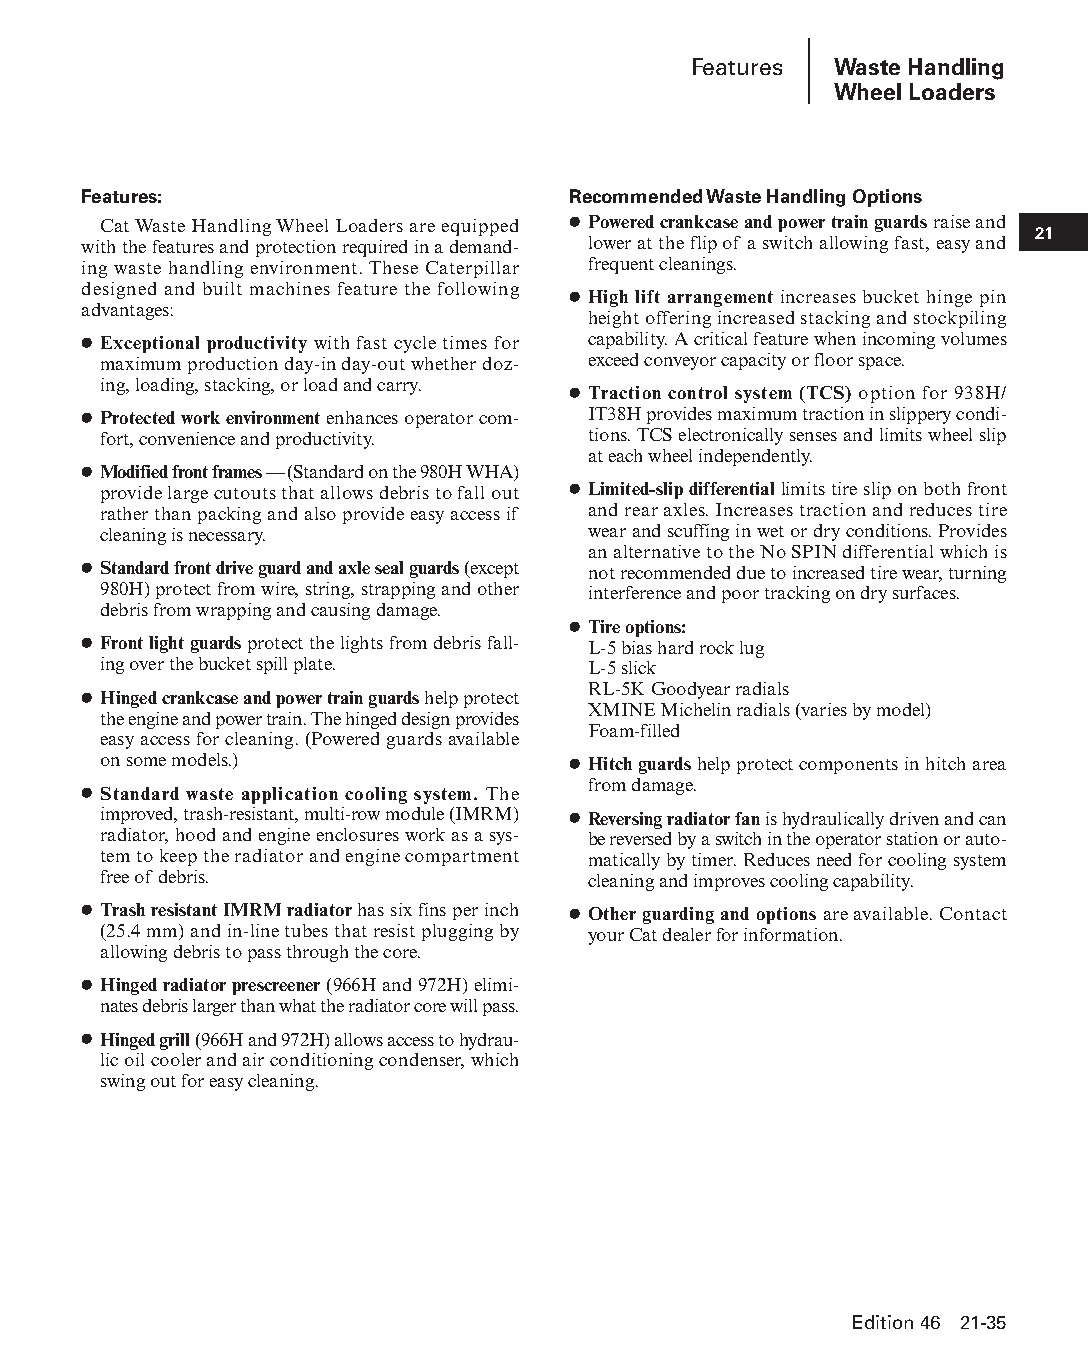
Features  Waste Handling
 Wheel Loaders
 Features:                       Recommended Waste Handling Options
 Cat Waste Handling Wheel Loaders are equipped ● Powered crankcase and power train guards raise and
 21
 with the features and protection required in a demand- lower at the flip of a switch allowing fast, easy and
 ing waste handling environment. These Caterpillar frequent cleanings.
 designed and built machines feature the following
 ● High lift arrangement increases bucket hinge pin
 advantages:
 height offering increased stacking and stockpiling
 ● Exceptional productivity with fast cycle times for capability. A critical feature when incoming volumes
 max i mum production day-in day-out whether doz- exceed conveyor capacity or floor space.
 ing, loading, stacking, or load and carry.
 ● Traction control system (TCS) option for 938H/
 ● Protected work environment enhances operator com- IT38H provides maximum traction in slippery condi-
 fort, convenience and productivity. tions. TCS electronically senses and limits wheel slip
 at each wheel independently.
 ● Modified front frames — (Standard on the 980H WHA)
 provide large cutouts that allows debris to fall out ● Limited-slip differential limits tire slip on both front
 rather than packing and also provide easy access if and rear axles. Increases traction and reduces tire
 cleaning is necessary.          wear and scuffing in wet or dry conditions. Provides
 an alternative to the No SPIN differential which is
 ● Standard front drive guard and axle seal guards (except not recommended due to increased tire wear, turning
 980H) protect from wire, string, strapping and other interference and poor tracking on dry surfaces.
 debris from wrapping and causing damage.
 ● Tire options:
 ● Front light guards protect the lights from debris fall- L-5 bias hard rock lug
 ing over the bucket spill plate. L-5 slick
 RL-5K Goodyear radials
 ● Hinged crankcase and power train guards help protect
 XMINE Michelin radials (varies by model)
 the engine and power train. The hinged design pro vides
 Foam-filled
 easy access for cleaning. (Powered guards available
 on some models.)               ● Hitch guards help protect components in hitch area
 from damage.
 ● Standard waste application cooling system. The
 improved, trash-resistant, multi-row module (IMRM) ● Reversing radiator fan is hydraulically driven and can
 radiator, hood and engine enclosures work as a sys- be reversed by a switch in the operator station or auto-
 tem to keep the radiator and engine compartment matically by timer. Reduces need for cooling system
 free of debris.                 cleaning and improves cooling capability.
 ● Trash resistant IMRM radiator has six fins per inch ● Other guarding and options are available. Contact
 (25.4 mm) and in-line tubes that resist plugging by your Cat dealer for information.
 allowing debris to pass through the core.
 ● Hinged radiator prescreener (966H and 972H) elim i-
 nates debris larger than what the radiator core will pass.
 ● Hinged grill (966H and 972H) allows access to hydrau-
 lic oil cooler and air conditioning condenser, which
 swing out for easy cleaning.
 Edition 46 21-35
 PPHHBB--SSeecc2211--1166..iinndddd 3355                        1122//44//1155 1111::0044 AAMM